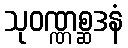
သုဝဏ္ဏစ္ဆဒနံ